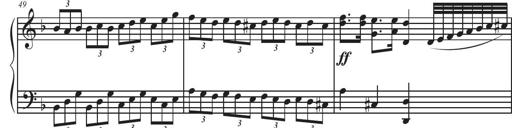
Title: Sonatina Espania
Composer: Jerald Franklin Archer
Key: Various